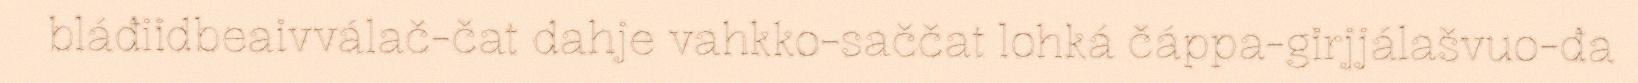
bláđiidbeaivválač-čat dahje vahkko-saččat lohká čáppa-girjjálašvuo-đa